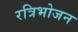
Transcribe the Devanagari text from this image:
रत्रिभोजन